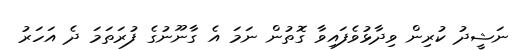
ނަޝީދު ކުރިން ވިދާޅުވެފައިވާ ގޮތުން ނަމަ އެ ގާނޫނުގެ ފުރަތަމަ ދެ އަހަރު